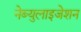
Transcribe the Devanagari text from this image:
नेब्युलाइजेशन